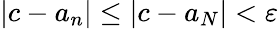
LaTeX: |c-a_{n}|\leq|c-a_{N}|<\varepsilon